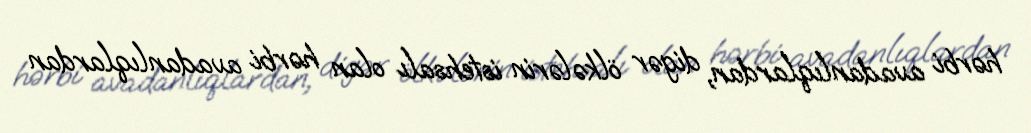
hərbi avadanlıqlardan, digər ölkələrin istehsalı olan hərbi avadanlıqlardan